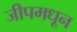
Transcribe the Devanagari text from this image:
जीपमधून